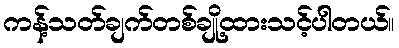
ကန့်သတ်ချက်တစ်ချို့ထားသင့်ပါတယ်။